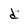
Character: d